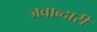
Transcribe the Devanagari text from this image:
जवाब्दारी